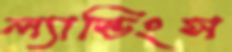
ল্যান্ডিংস